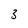
Character: 3